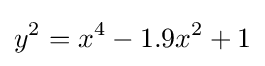
y^{2}=x^{4}-1.9x^{2}+1